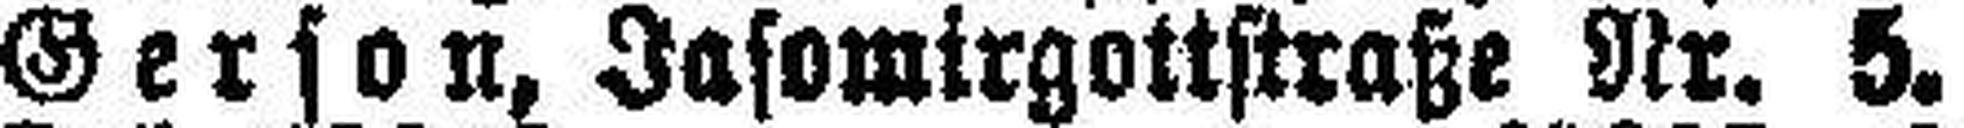
Gerson, Jasomirgottstraße Nr. 5.